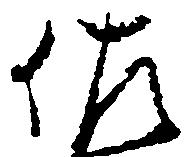
佐